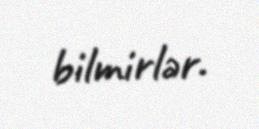
bilmirlər.